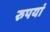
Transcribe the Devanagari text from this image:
रुपयां